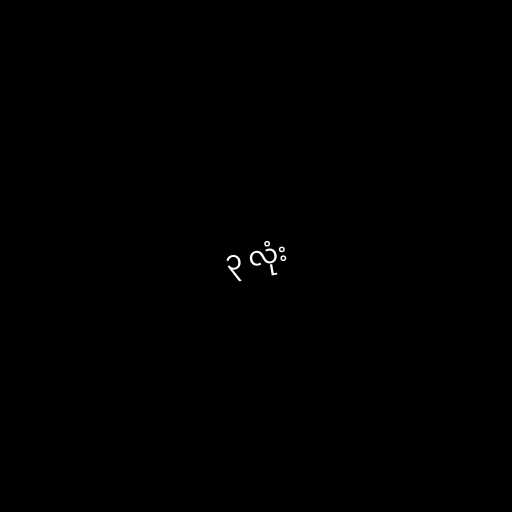
၃ လုံး